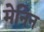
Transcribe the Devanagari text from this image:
मेनिन